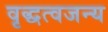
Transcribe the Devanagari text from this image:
वृद्धत्वजन्य